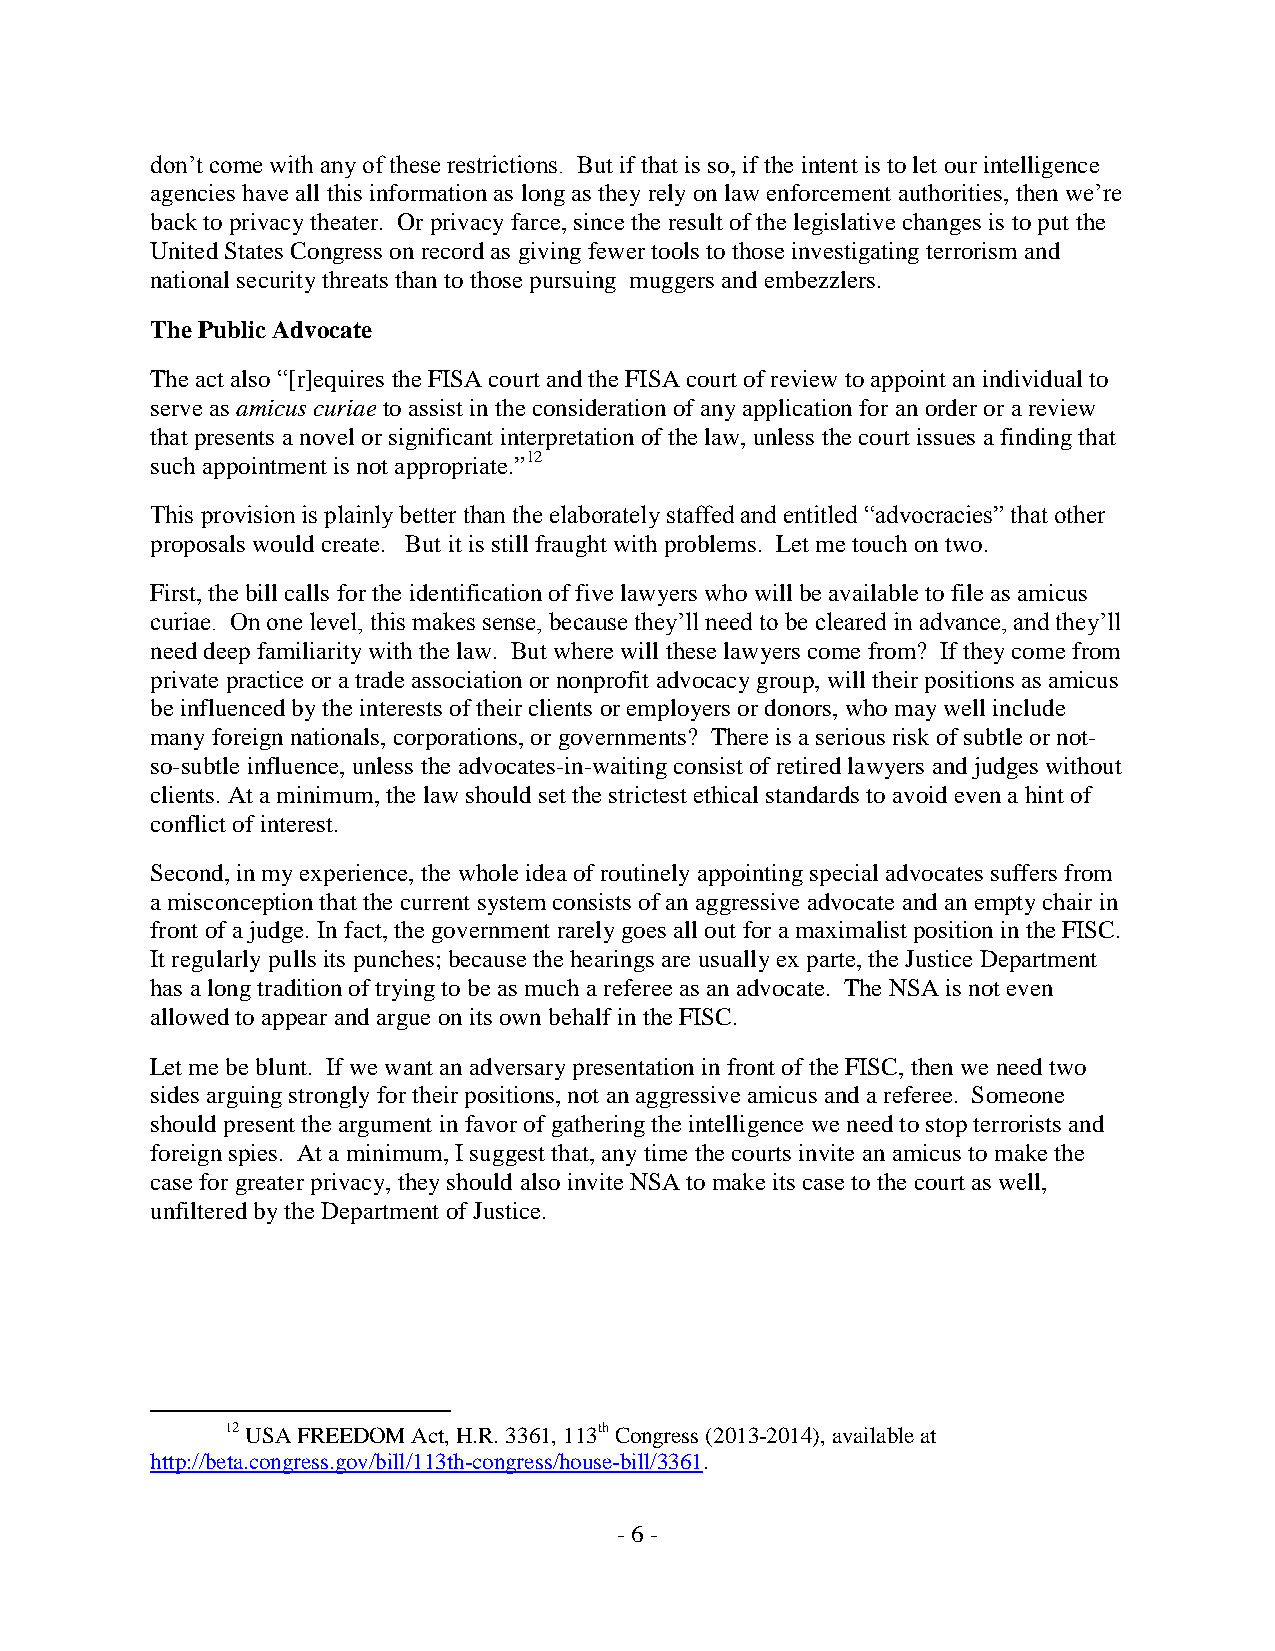
don’t come with any of these restrictions. But if that is so, if the intent is to let our intelligence
 agencies have all this information as long as they rely on law enforcement authorities, then we’re
 back to privacy theater. Or privacy farce, since the result of the legislative changes is to put the
 United States Congress on record as giving fewer tools to those investigating terrorism and
 national security threats than to those pursuing muggers and embezzlers.
 The Public Advocate
 The act also “[r]equires the FISA court and the FISA court of review to appoint an individual to
 serve as amicus curiae to assist in the consideration of any application for an order or a review
 that presents a novel or significant interpretation of the law, unless the court issues a finding that
 such appointment is not appropriate.”12
 This provision is plainly better than the elaborately staffed and entitled “advocracies” that other
 proposals would create. But it is still fraught with problems. Let me touch on two.
 First, the bill calls for the identification of five lawyers who will be available to file as amicus
 curiae. On one level, this makes sense, because they’ll need to be cleared in advance, and they’ll
 need deep familiarity with the law. But where will these lawyers come from? If they come from
 private practice or a trade association or nonprofit advocacy group, will their positions as amicus
 be influenced by the interests of their clients or employers or donors, who may well include
 many foreign nationals, corporations, or governments? There is a serious risk of subtle or not-
 so-subtle influence, unless the advocates-in-waiting consist of retired lawyers and judges without
 clients. At a minimum, the law should set the strictest ethical standards to avoid even a hint of
 conflict of interest.
 Second, in my experience, the whole idea of routinely appointing special advocates suffers from
 a misconception that the current system consists of an aggressive advocate and an empty chair in
 front of a judge. In fact, the government rarely goes all out for a maximalist position in the FISC.
 It regularly pulls its punches; because the hearings are usually ex parte, the Justice Department
 has a long tradition of trying to be as much a referee as an advocate. The NSA is not even
 allowed to appear and argue on its own behalf in the FISC.
 Let me be blunt. If we want an adversary presentation in front of the FISC, then we need two
 sides arguing strongly for their positions, not an aggressive amicus and a referee. Someone
 should present the argument in favor of gathering the intelligence we need to stop terrorists and
 foreign spies. At a minimum, I suggest that, any time the courts invite an amicus to make the
 case for greater privacy, they should also invite NSA to make its case to the court as well,
 unfiltered by the Department of Justice.
 12 USA FREEDOM Act, H.R. 3361, 113th Congress (2013-2014), available at
 http://beta.congress.gov/bill/113th-congress/house-bill/3361.
 - 6 -